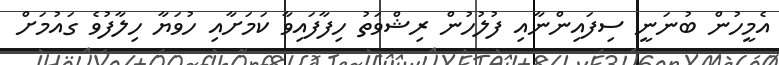
އެމީހުން ބުނަނީ ސިފައިންނާއި ފުލުހުން ރިޝްވަތު ހިފާފައިވާ ކަމަށާއި ހުވަޔާ ހިލާފުވެ ގައުމަށް